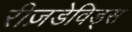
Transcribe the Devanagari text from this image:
रीज़डेविड्स